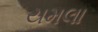
યમલા